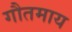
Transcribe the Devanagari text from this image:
गौतमाय